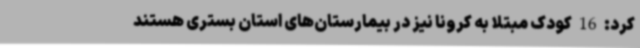
کرد: 16 کودک مبتلا به کرونا نیز در بیمارستان‌های استان بستری هستند